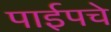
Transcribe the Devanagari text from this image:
पाईपचे